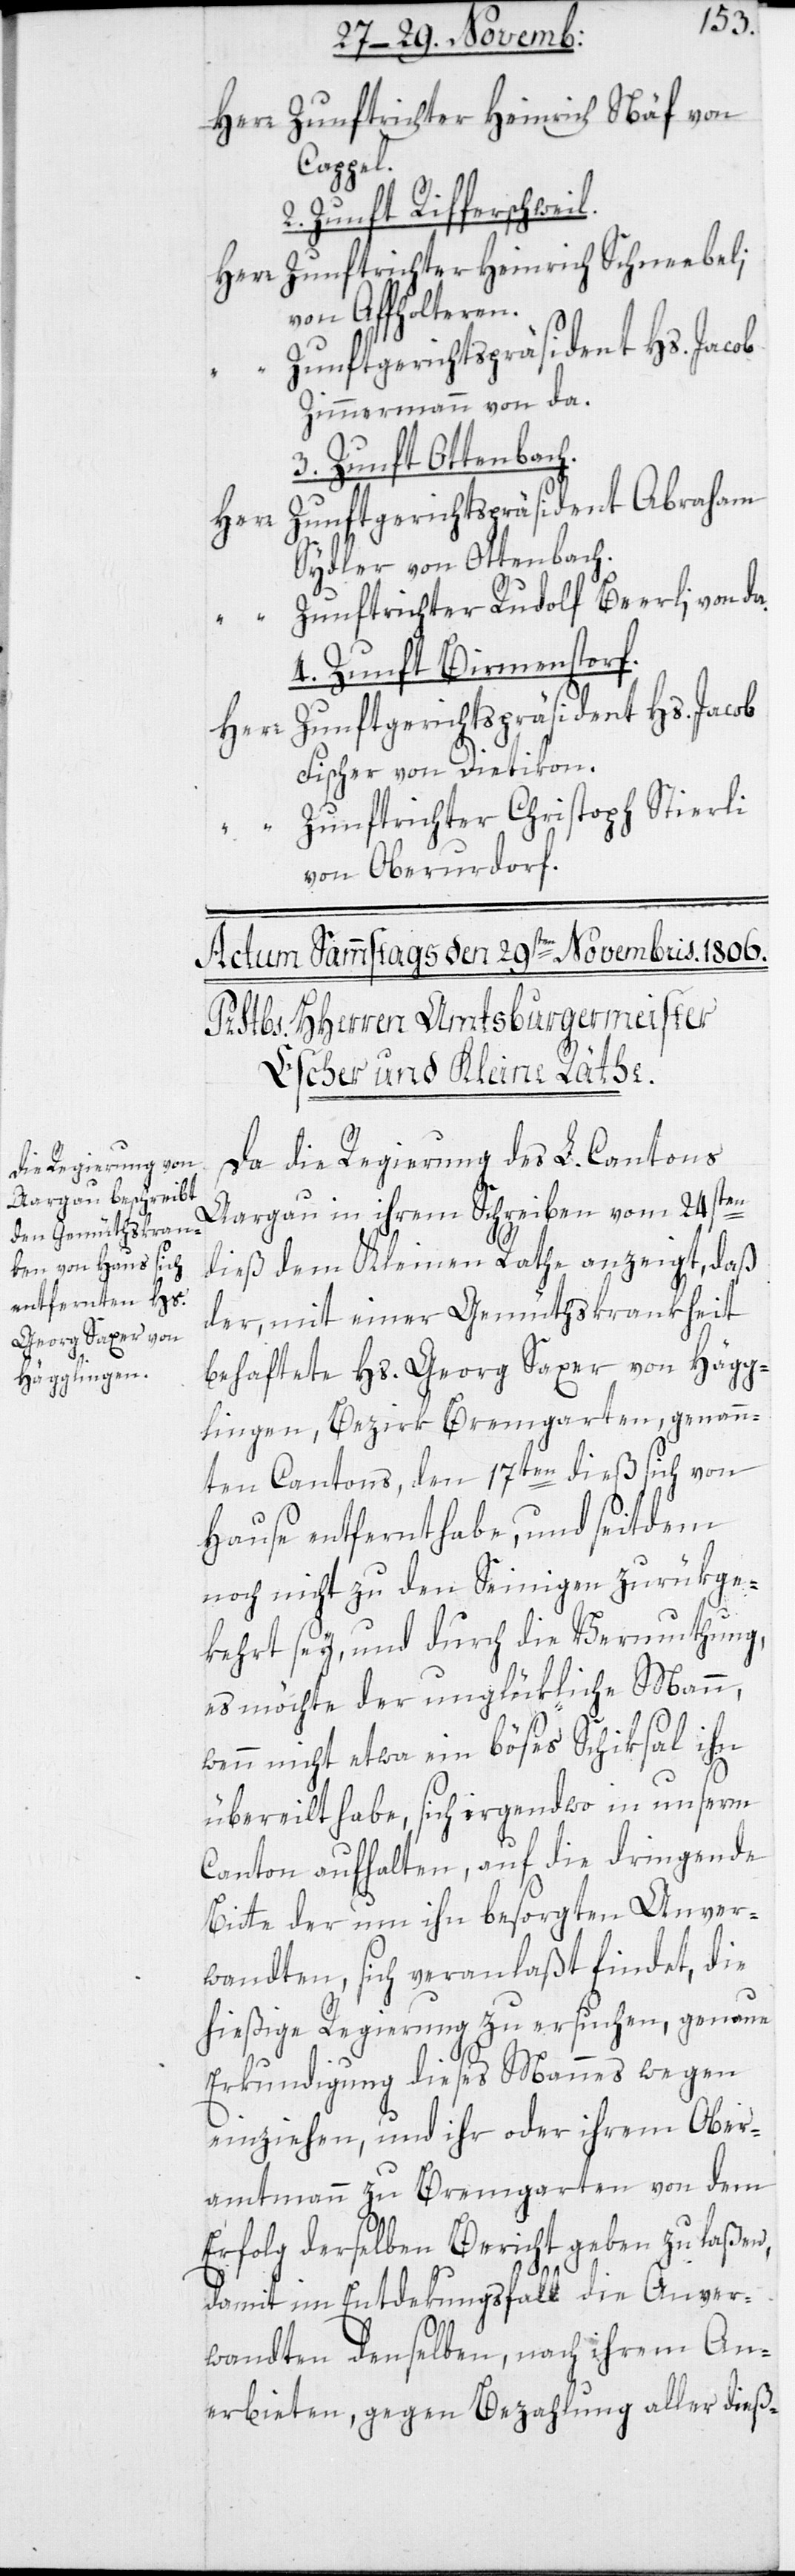
Herr Zunftrichter Heinrich Näf von
Cappel.
2. Zunft Rifferswil.
Zunftrichter Heinrich Schneebeli
von Affoltern.
Zunftgerichtspräsident Hs. Jacob
Zimmermann von da.
3. Zunft Ottenbach.
Zunftgerichtspräsident Abraham
Herr
Sydler von Ottenbach.
Zunftrichter Rudolf Beerli von da.
4. Zunft Birmenstorf.
Herr Zunftgerichtspräsident Hs. Jacob
Fischer von Dietikon.
Zunftrichter Chrisoph Stierli
von Oberurdorf.
Da die Regierung des L. Cantons
Aargau in ihrem Schreiben vom 24sten
dieß dem Kleinen Rathe anzeigt, daß
der, mit einer Gemüthskrankheit
behaftete Hs. Georg Saxer von Hägg¬
lingen, Bezirk Bremgarten, genann¬
ten Cantons, den 17ten dieß sich von
Hause entfernt habe, und seitdem
noch nicht zu den Seinigen zurükge¬
kehrt sey, und durch die Vermuthung,
es möchte der unglükliche Mann,
wenn nicht etwa ein böses Schiksal ihn
übereilt habe, sich irgendwo in unserm
Canton aufhalten, auf die dringende
Bitte der um ihn besorgten Anver¬
wandten, sich veranlaßt findet, die
hießige Regierung zu ersuchen, genaue
Erkundigung dieses Mannes wegen
einziehen, und ihr oder ihrem Ober¬
amtmann zu Bremgarten von dem
Erfolg derselben Bericht geben zu laßen,
damit im Entdekungsfall die Anver¬
wandten denselben, nach ihrem An¬
erbieten, gegen Bezahlung aller dieß-